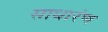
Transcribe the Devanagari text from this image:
साधारंण